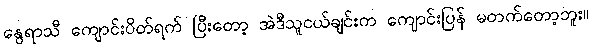
နွေရာသီ ကျောင်းပိတ်ရက် ပြီးတော့ အဲဒီသူငယ်ချင်းက ကျောင်းပြန် မတက်တော့ဘူး။